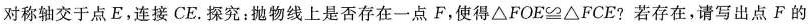
对称轴交于点E，连接CE。探究：抛物线上是否存在一点F，使得$$\triangle FOE\cong \triangle FCE$$?若存在，请写出点F